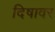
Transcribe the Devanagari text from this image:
दिषावर